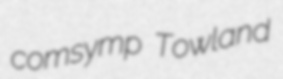
comsymp Towland